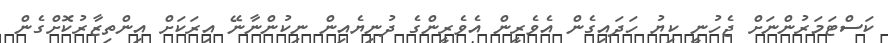
ކަސްޓަމަރުންނަށް ޖެހުނީ ކިޔު ހަދައިގެން އެވެރީން އެވެރީންގެ ދުނިޔެއިން ނިކުންނާނޭ އިރަކަށް އިންތިޒާރުކޮށްގެން